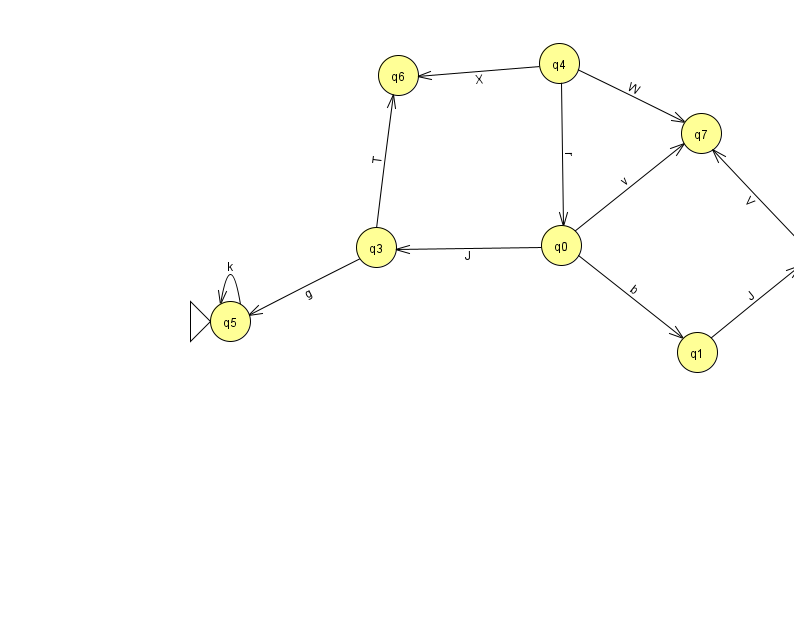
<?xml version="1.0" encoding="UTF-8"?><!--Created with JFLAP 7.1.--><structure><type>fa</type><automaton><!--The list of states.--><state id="0" name="q0"><x>561.0</x><y>232.0</y></state><state id="1" name="q1"><x>697.0</x><y>339.0</y></state><state id="2" name="q2"><x>816.0</x><y>242.0</y><final/></state><state id="3" name="q3"><x>376.0</x><y>234.0</y></state><state id="4" name="q4"><x>559.0</x><y>50.0</y></state><state id="5" name="q5"><x>230.0</x><y>308.0</y><initial/></state><state id="6" name="q6"><x>398.0</x><y>62.0</y></state><state id="7" name="q7"><x>701.0</x><y>120.0</y></state><!--The list of transitions.--><transition><from>0</from><to>1</to><read>b</read></transition><transition><from>3</from><to>6</to><read>T</read></transition><transition><from>4</from><to>6</to><read>X</read></transition><transition><from>4</from><to>7</to><read>W</read></transition><transition><from>0</from><to>7</to><read>v</read></transition><transition><from>0</from><to>3</to><read>J</read></transition><transition><from>3</from><to>5</to><read>g</read></transition><transition><from>5</from><to>5</to><read>k</read></transition><transition><from>1</from><to>2</to><read>J</read></transition><transition><from>2</from><to>7</to><read>V</read></transition><transition><from>4</from><to>0</to><read>r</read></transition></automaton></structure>